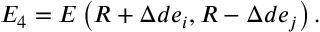
E _ { 4 } = E \left( \boldsymbol { R } + \Delta d \boldsymbol { e } _ { i } , \boldsymbol { R } - \Delta d \boldsymbol { e } _ { j } \right) .